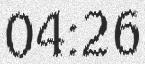
04:26